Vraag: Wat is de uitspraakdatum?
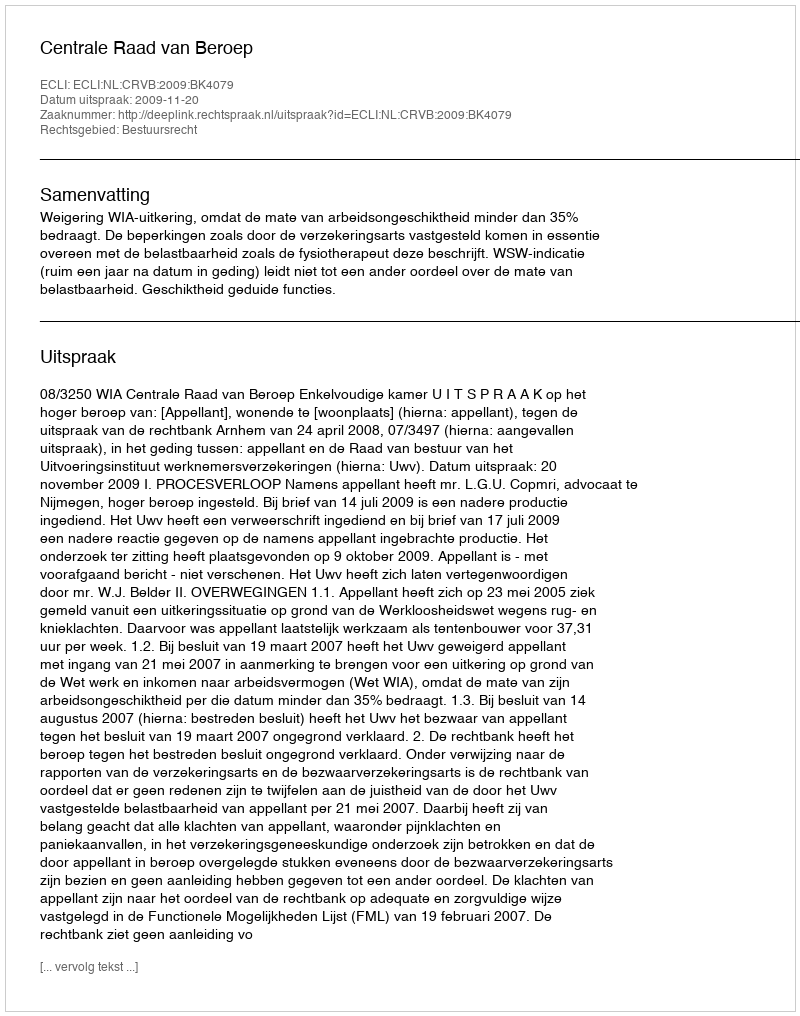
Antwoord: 2009-11-20